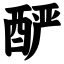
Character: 酽